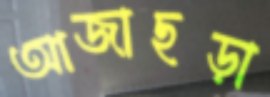
আজাছড়া